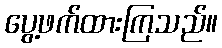
ပွေ့ဖက်ထားကြသည်။